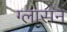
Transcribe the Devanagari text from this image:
ग्लासने